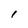
Character: 1